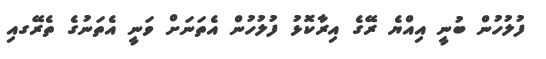
ފުލުހުން ބުނީ އިއްޔެ ރޭގެ އިރާކޮޅު ފުލުހުން އެތަނަށް ވަނީ އެތަނުގެ ތެރޭގއި